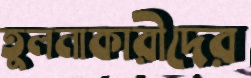
তুলনাকারীদের